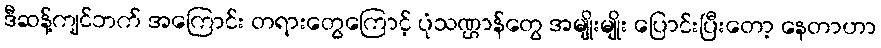
ဒီဆန့်ကျင်ဘက် အကြောင်း တရားတွေကြောင့် ပုံသဏ္ဌာန်တွေ အမျိုးမျိုး ပြောင်းပြီးတော့ နေတာဟာ